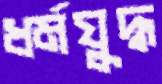
ধর্মযুদ্ধ